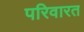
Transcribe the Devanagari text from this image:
परिवारत